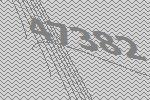
47382